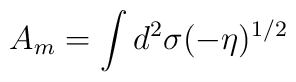
A_m=\int d^2\sigma (-\eta )^{1/2}